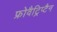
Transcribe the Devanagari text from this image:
फ्रोवैट्रिप्टैन